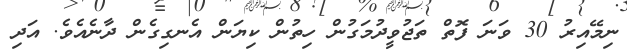
ނިމޭއިރު 30 ވަނަ ފޮތް ތަޖުވީދުމަގުން ހިތުން ކިޔަން އެނގިގެން ދާނެއެވެ. އަދި